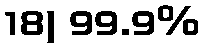
18) 99.9%